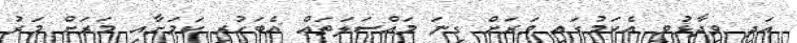
އަދި ވިދާޅުވީ އެކަމުގައި ވަރަށް ގިނަ މައްސަލަތައް އެބަހުރި ކަމަށާއި މަރަށް މަރު